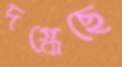
দগ্ধেছে